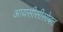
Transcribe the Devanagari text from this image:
आयसीसीसोबत